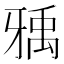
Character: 𤘐